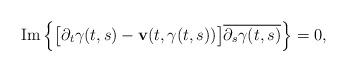
LaTeX: \begin{align*}\mbox{Im}\left\lbrace\big[\partial_{t}\gamma(t,s)-\mathbf{v}(t,\gamma(t,s))\big]\overline{\partial_{s}\gamma(t,s)}\right\rbrace=0,\end{align*}